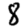
Digit: 8